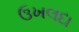
ઉખલદા